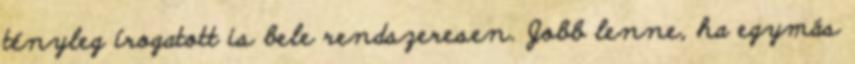
tényleg írogatott is bele rendszeresen. Jobb lenne, ha egymás